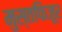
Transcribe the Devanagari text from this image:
मुस्तफिजूर